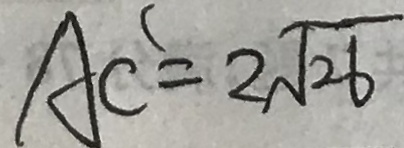
A C ^ { \prime } = 2 \sqrt { 2 6 }